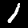
Label: 1